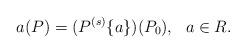
LaTeX: \begin{align*} a(P)=(P^{(s)}\{a\})(P_0),\ \ a\in R.\end{align*}